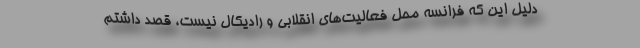
دلیل این که فرانسه محل فعالیت‌های انقلابی و رادیکال نیست، قصد داشتم